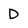
Character: d